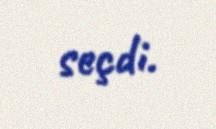
seçdi.